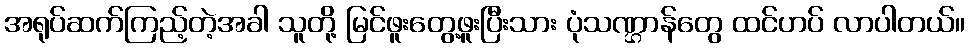
အရုပ်ဆက်ကြည့်တဲ့အခါ သူတို့ မြင်ဖူးတွေ့ဖူးပြီးသား ပုံသဏ္ဌာန်တွေ ထင်ဟပ် လာပါတယ်။